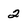
Character: 2